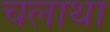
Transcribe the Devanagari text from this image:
चलाथा